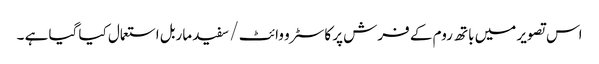
اس تصویر میں باتھ روم کے فرش پر کاسٹرو وائٹ / سفید ماربل استعمال کیا گیا ہے ۔